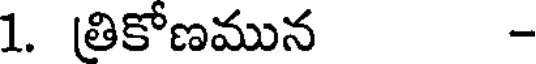
1. తికోణమున -